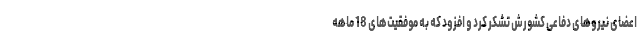
اعضای نیروهای دفاعی کشورش تشکر کرد و افزود که به موفقیت‌های 18 ماهه